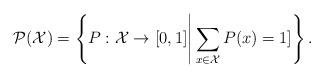
LaTeX: \begin{align*} \mathcal{P}(\mathcal{X})=\left\{P:\mathcal{X}\to[0,1]\Bigg| \sum_{x\in\mathcal{X}}P(x)=1]\right\}.\end{align*}